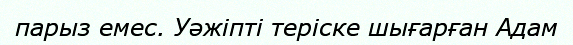
парыз емес. Уәжіпті теріске шығарған Адам